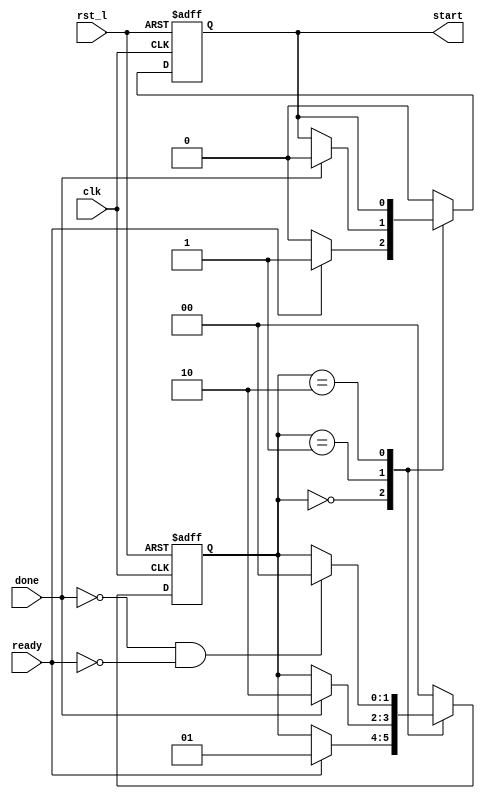
`timescale 1ns/1ps

module race_official
(
	input clk,
	input rst_l,
	input ready,
	input done,
	output reg start
);

	reg [1:0] state;
	
	always @(posedge clk, negedge rst_l) begin
		if (!rst_l) begin
			state <= 0;
			start <= 0;
		end

		else begin
			case(state)
				0: begin
					if(ready) begin
						start <=1;
						state <=1;
					end
					else
						start <= 0;
				end
				1:begin
					if(done) begin
						start <= 0;
						state <= 2;
					end
				end
				2: begin
					if (!done && !ready)
						state<=0;
				end
				default:begin
					start<=0;
					state<=0;
				end
			endcase
		end
	end
endmodule